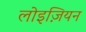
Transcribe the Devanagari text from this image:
लोइज़ियन